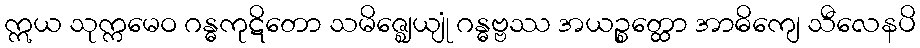
ဣယ သုက္ကမေဝ ဂန္ဓကုဋိတော သမိဇ္ဈေယျုံ ဂန္ဓဗ္ဗဿ အယဉ္စတ္ထော အာဓိကျေ သီလေနပိ